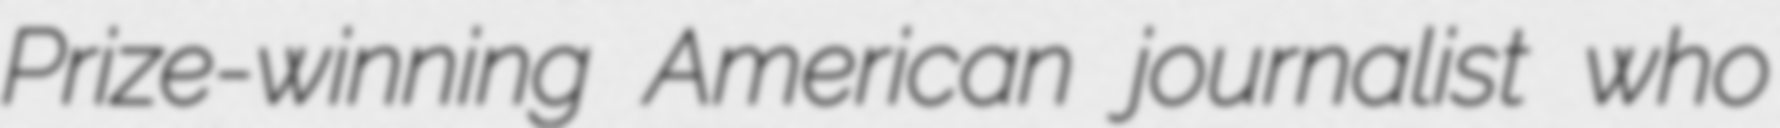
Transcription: Prize-winning American journalist who